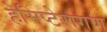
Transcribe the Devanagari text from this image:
हेमिप्टेरागण